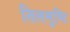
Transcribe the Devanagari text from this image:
तिलमुष्टि